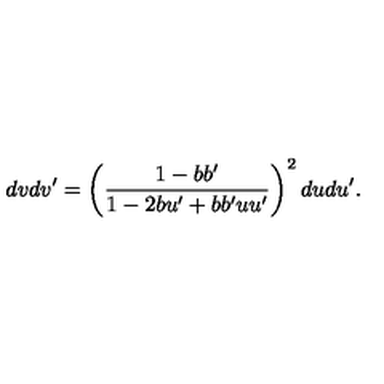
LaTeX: d v d v ^ { \prime } = \left( \frac { 1 - b b ^ { \prime } } { 1 - 2 b u ^ { \prime } + b b ^ { \prime } u u ^ { \prime } } \right) ^ { 2 } d u d u ^ { \prime } .